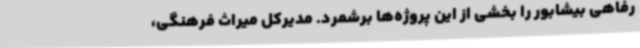
رفاهی بیشابور را بخشی از این پروژه‌ها برشمرد. مدیرکل میراث فرهنگی،